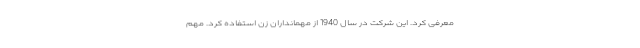
معرفی کرد. این شرکت در سال 1940 از مهمانداران زن استفاده کرد. مهم